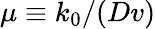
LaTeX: \mu\equiv k_{0}/(Dv)